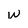
Character: w